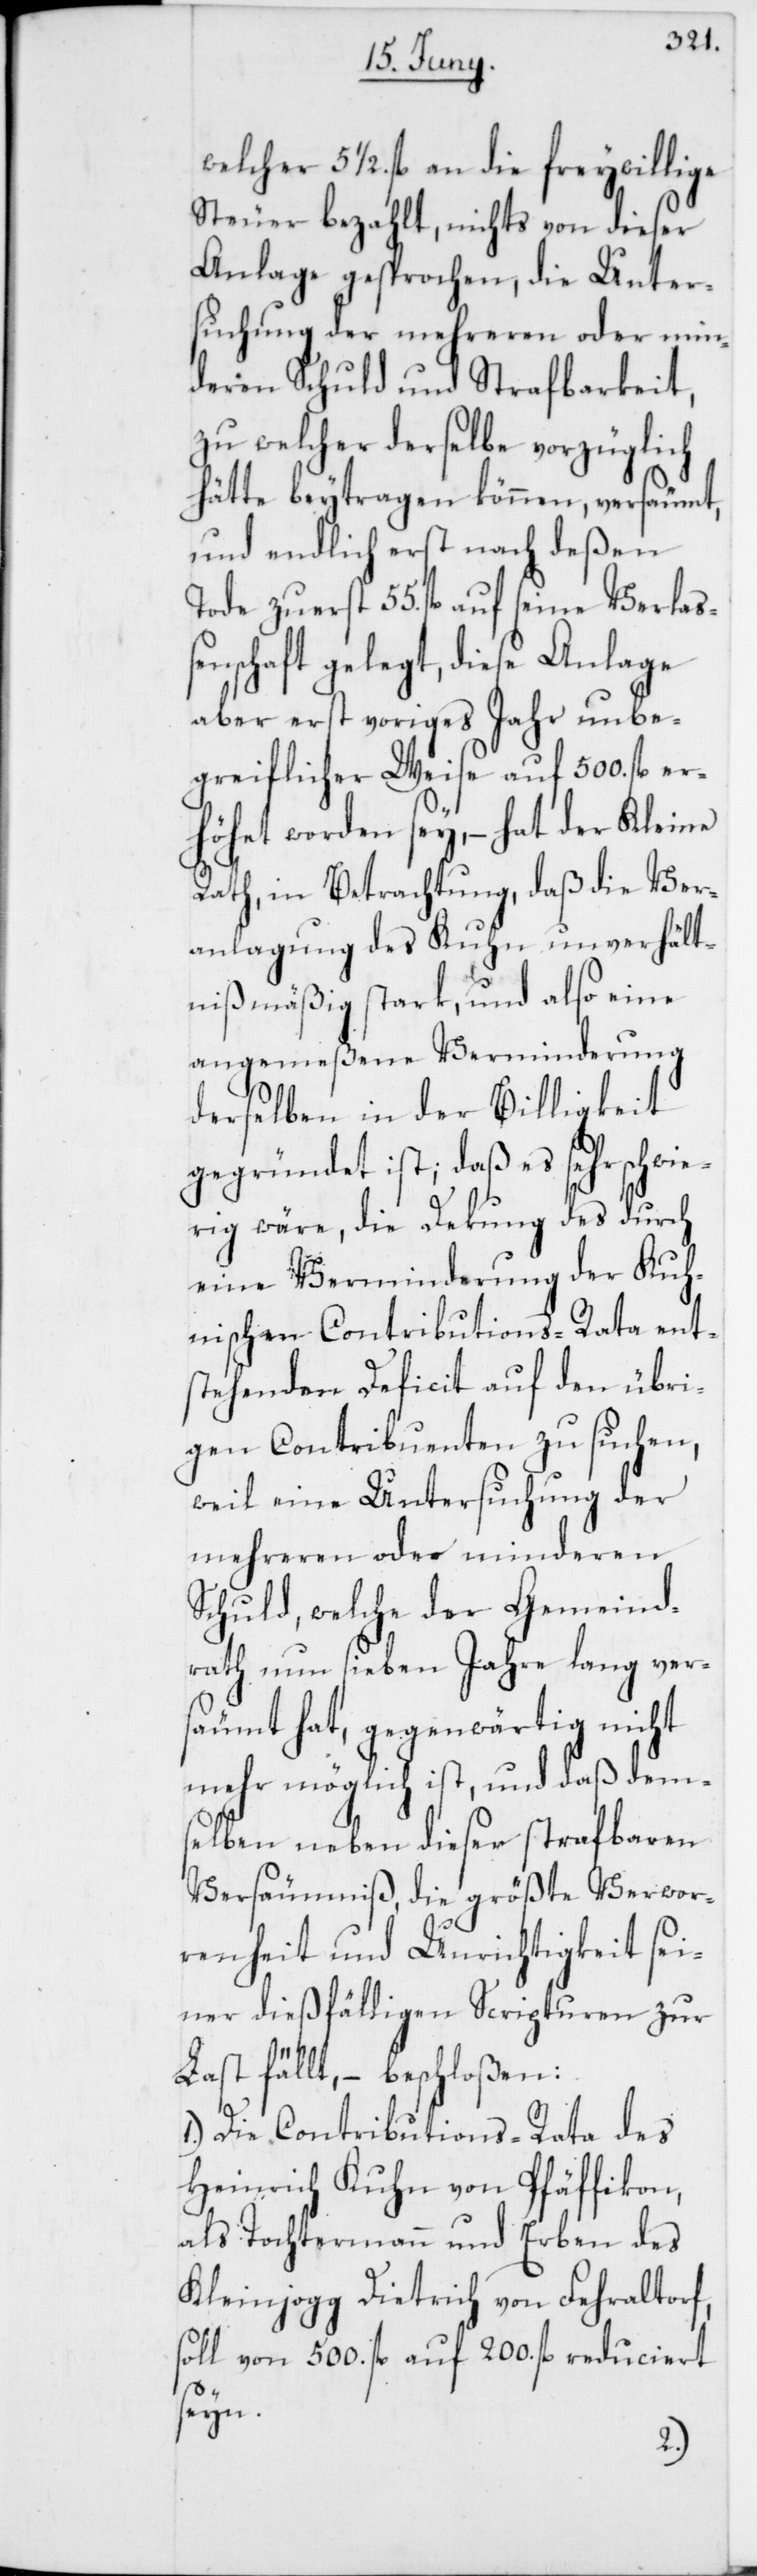
welcher 51/2. fl. an die freywillige
Steuer bezahlt, nichts von dieser
Anlage gesprochen, die
Ver¬
suchung der mehreren oder min¬
deren Schuld und Strafbarkeit,
zu welcher derselbe vorzüglich
hätte beytragen können, versäumt,
und endlich erst nach deßen
schaft gelegt, diese Anlage
aber erst voriges Jahr unbe¬
greiflicher Weise auf 500. fl. er¬
höhet worden sey, – hat der Kleine
Rath, in Betrachtung, daß die Ver¬
anlagung des Kuhn unverhält¬
nißmäßig stark, und also eine
angemeßene Verminderung
derselben in der Billigkeit
gegründet ist; daß es sehr schwie¬
rig wäre, die Dekung des durch
eine Verminderung der Kuh¬
nischen Contributions-Rata ent¬
stehenden Deficit auf den übri¬
gen Contribuenten zu suchen,
weil eine Untersuchung der
mehreren oder minderen
Schuld, welche der Gemeind¬
rath nun sieben Jahre lang ver¬
säumt hat, gegenwärtig nicht
mehr möglich ist, und daß dem¬
selben neben dieser strafbaren
Versäumniß, die größte Verwor¬
renheit und Unrichtigkeit sei¬
ner dießfälligen Scripturen zur
Last fällt, – beschloßen:
1.) Die Contributions-Rata des
Heinrich Kuhn von Pfäffikon,
als Tochtermann und Erben des
Kleinjogg Dietrich von Fehraltorf,
soll von 500. fl. auf 200. fl. reduciert
seyn.